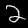
Label: 2